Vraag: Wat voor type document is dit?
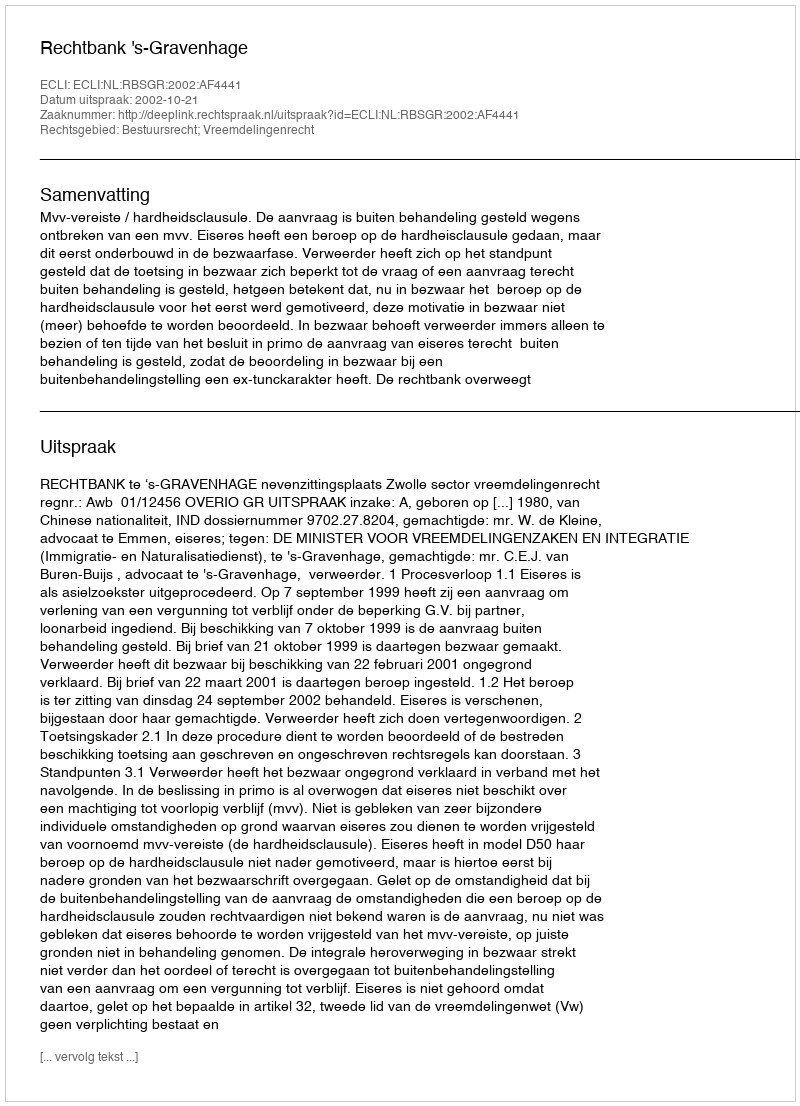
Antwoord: Uitspraak